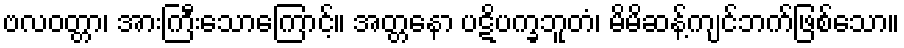
ဗလဝတ္တာ၊ အားကြီးသောကြောင့်။ အတ္တနော ပဋိပက္ခဘူတံ၊ မိမိဆန့်ကျင်ဘက်ဖြစ်သော။